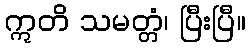
ဣတိ သမတ္တံ၊ ပြီးပြီ။